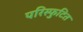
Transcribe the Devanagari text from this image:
परिस्फुटित